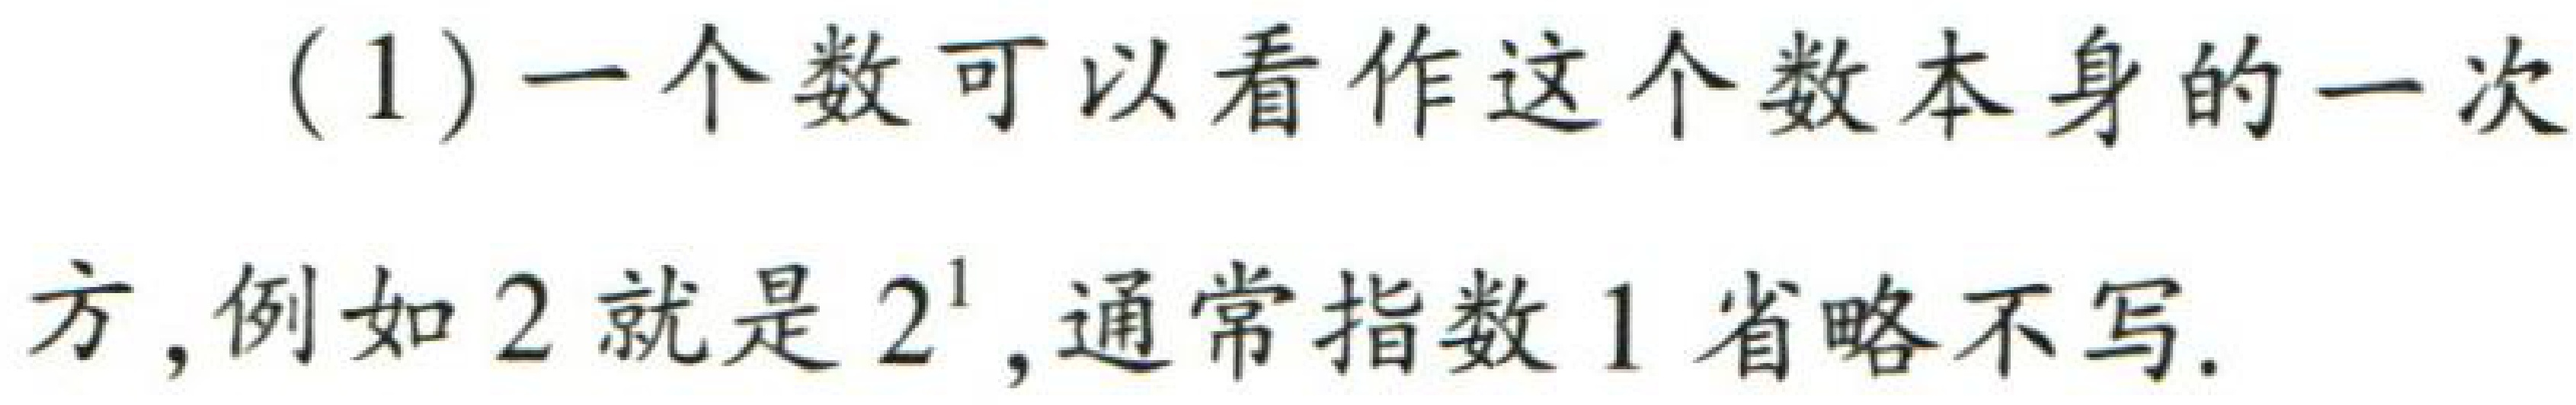
(1)一个数可以看作这个数本身的一次方,例如 \(2\) 就是 \(2^{1}\),通常指数 \(1\) 省略不写.